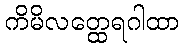
ကိမိလတ္ထေရဂါထာ